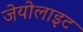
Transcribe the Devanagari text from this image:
जेयोलाइट